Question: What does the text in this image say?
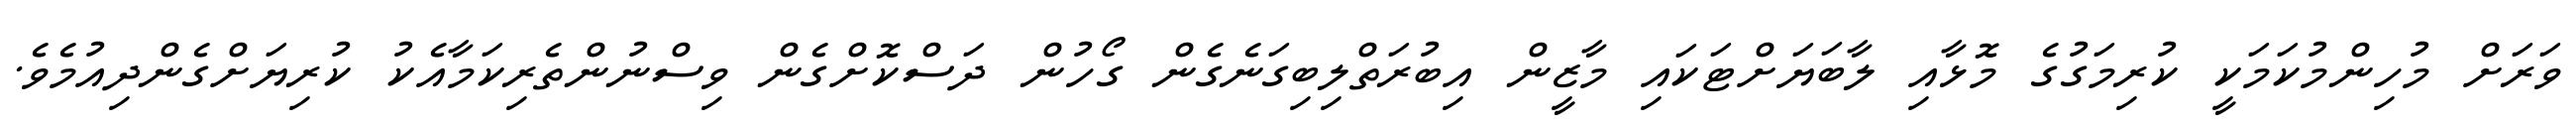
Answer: ވަރަށް މުހިންމުކަމަކީ ކުރިމަގުގެ މޮޅާއި ލާބަޔަށްޓަކައި މާޒީން އިބުރަތްލިބިގަނެގެން ގޯހުން ދަސްކޮށްގެން ވިސްނުންތެރިކަމާއެކު ކުރިޔަށްގެންދިއުމެވެ.